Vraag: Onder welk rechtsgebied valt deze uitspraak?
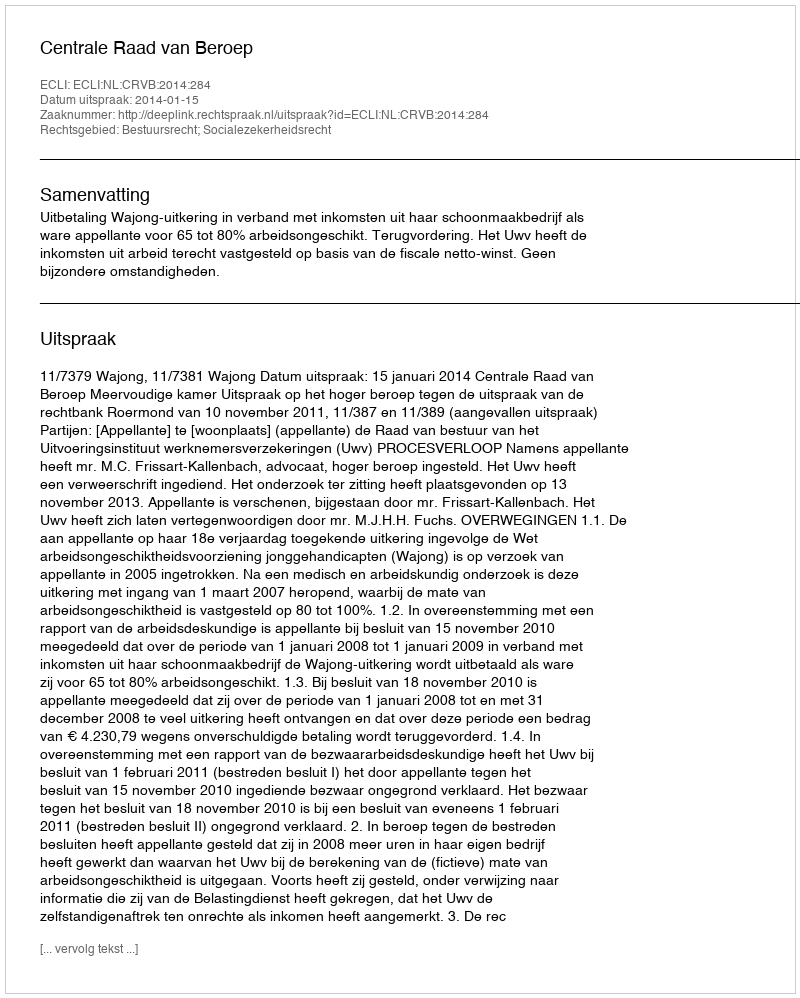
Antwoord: Bestuursrecht; Socialezekerheidsrecht